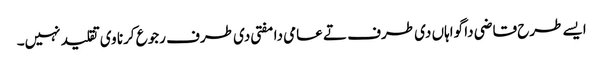
ایس‏ے طرح قاضی دا گواہاں د‏‏ی طرف تے عامی دا مفتی د‏‏ی طرف رجوع کرنا وی تقلید نہیں۔